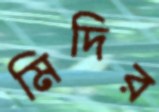
মিদির